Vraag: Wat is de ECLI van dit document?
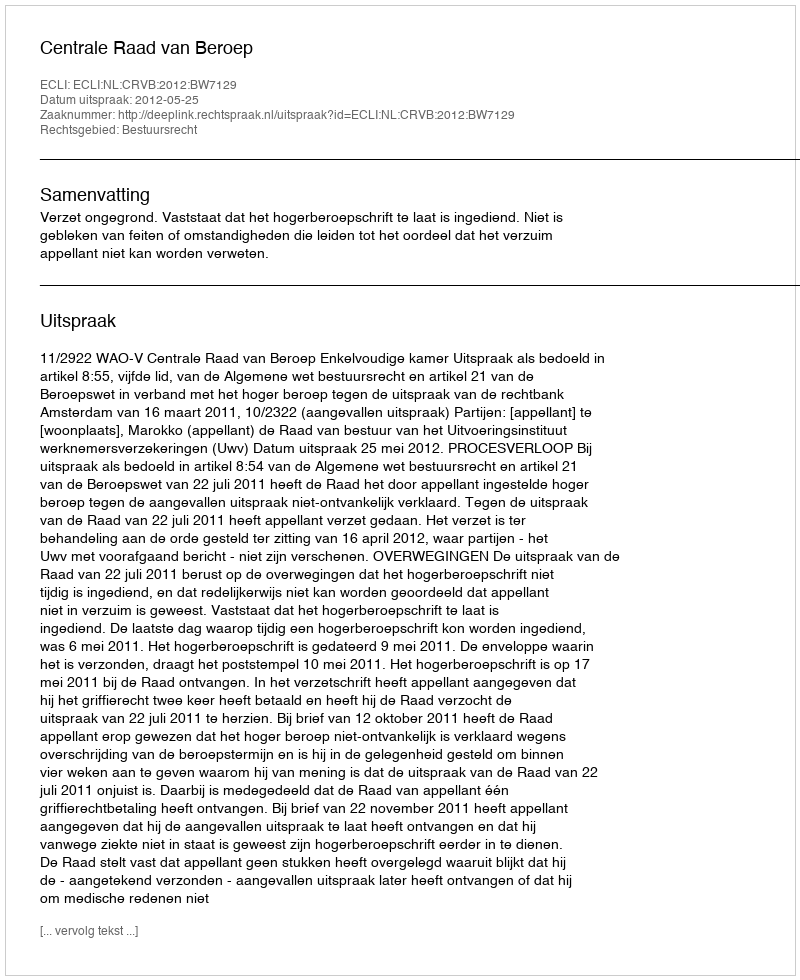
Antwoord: ECLI:NL:CRVB:2012:BW7129